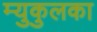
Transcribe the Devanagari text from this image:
म्युकुलका